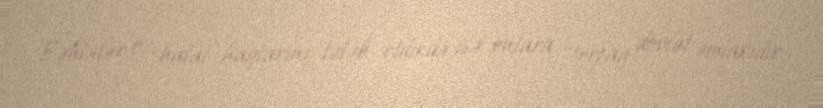
Fəhlələr öz halal haqlarını tələb etdikdə isə onlara “torpaq dövlət əmlakıdır